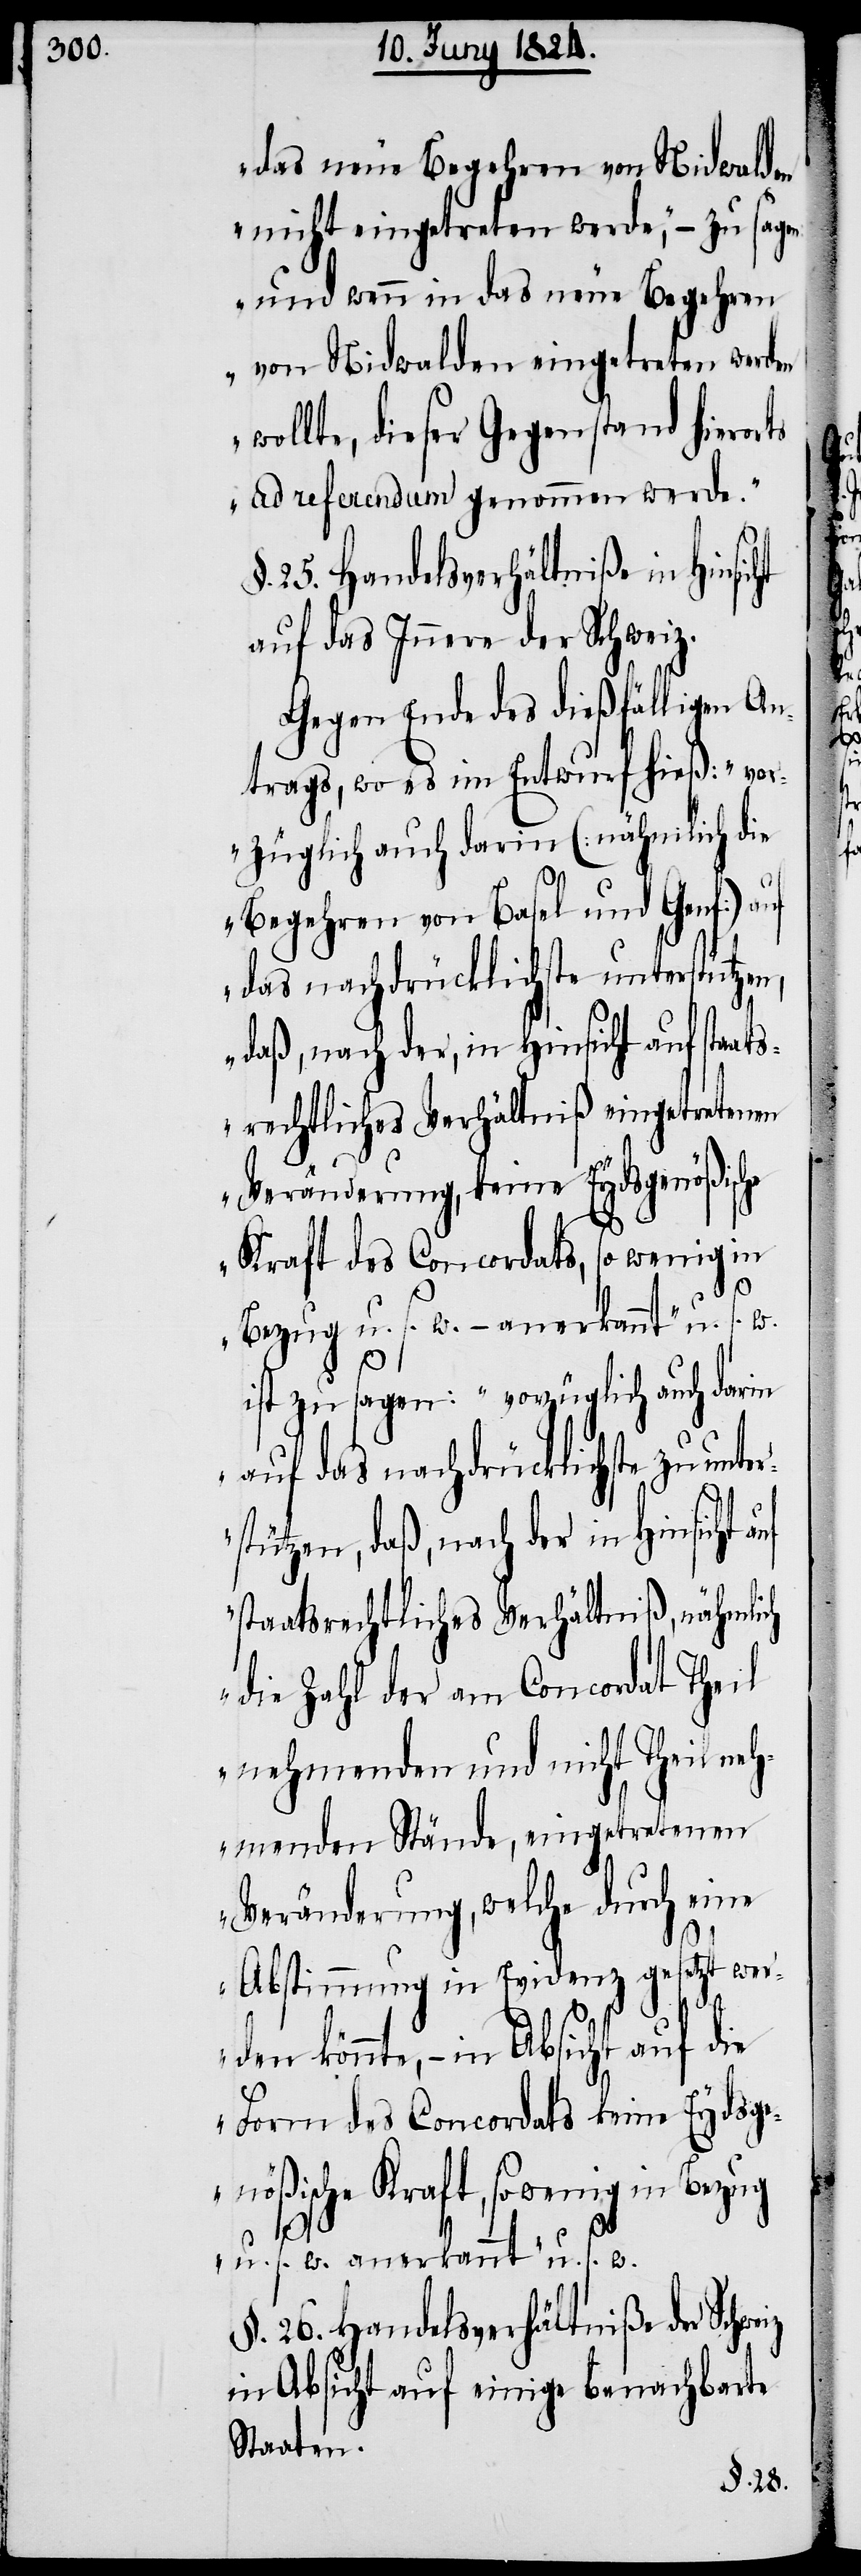
das neue Begehren von Nidwalden
nicht eingetreten werde“, – zu sagen:
„und wenn in das neue Begehren
von Nidwalden eingetreten werden
wollte, dieser Gegenstand hierorts
ad referendum genommen werde.“
§. 25. Handelsverhältniße in Hinsic¬
auf das Innere der Schweiz.
Gegen Ende des dießfälligen An¬
trags, wo es im Entwurf hieß: „vor¬
züglich auch darin (: nämlich die
Begehren von Basel und Genf :) auf
das nachdrücklichste unterstützen,
daß nach der, in Hinsicht auf staa¬
tsrechtliches Verhältniß eingetretenen
Veränderung, keine Eydsgenößische
Kraft des Concordats, so wenig in
Bezug u. s. w. – anerkannt“ u. s. w.
ist zu sagen: „vorzüglich auch darin
auf das nachdrücklichste zu unt¬
stützen, daß, nach der in Hinsicht auf
staatsrechtliches Verhältniß, nähmlich
die Zahl der am Concordat Theil
nehmenden und nicht Theil neh¬
menden Stände, eingetretenen
Veränderung, welche durch eine
Abstimmung in Evidenz gesetzt wer¬
iz
den könnte, – in Absicht auf die
Form des Concordats keine Eydsge¬
nößische Kraft, so wenig in Bezug
u. s. w. anerkannt“ u. s.
§. 26. Handelsverhältniße der Schwe¬
in Absicht auf einige benachbarte
Staaten.